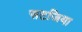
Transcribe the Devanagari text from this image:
सटजिया